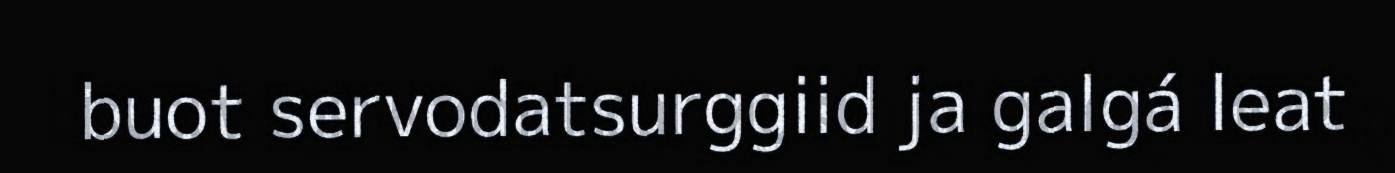
buot servodatsurggiid ja galgá leat